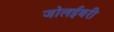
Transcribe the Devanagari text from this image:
जोलईबरी